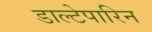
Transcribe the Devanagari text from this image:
डाल्टेपारिन